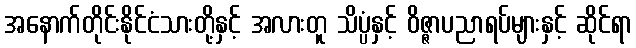
အနောက်တိုင်းနိုင်ငံသားတို့နှင့် အလားတူ သိပ္ပံနှင့် ဝိဇ္ဇာပညာရပ်များနှင့် ဆိုင်ရာ